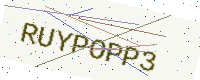
Text: RUYPOPP3